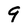
Character: 9